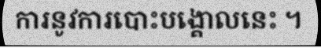
ការនូវការបោះបង្គោលនេះ ។